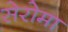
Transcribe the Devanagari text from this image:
सेरोमा